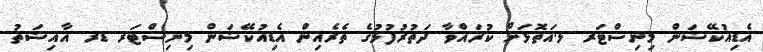
އެޑިއުކޭޝަން މިނިސްޓަރ ޅ.އަތޮޅަށް ކުރައްވާ ދަތުރުފުޅުގެ ތެރެއިން އެޑިއުކޭޝަން މިނިސްޓަރ ޑރ އާއިޝަތު